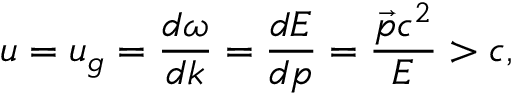
u = u _ { g } = \frac { d \omega } { d k } = \frac { d E } { d p } = \frac { \vec { p } c ^ { 2 } } { E } > c ,